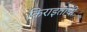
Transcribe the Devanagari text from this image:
किराइताचीं